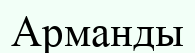
Арманды